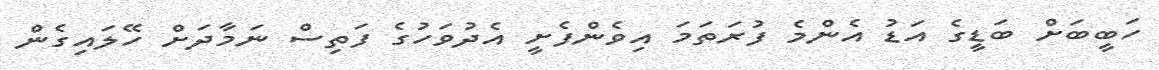
ހަބީބަށް ބަޑީގެ އަޑު އެންމެ ފުރަތަމަ އިވެންފެށީ އެދުވަހުގެ ފަތިސް ނަމާދަށް ހޭލައިގެން